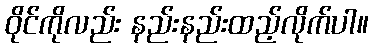
ဝိုင်ကိုလည်း နည်းနည်းထည့်လိုက်ပါ။